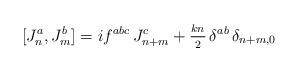
LaTeX: \begin{align*}[J^{a}_{n},J^{b}_{m}]=if^{abc}\,J^{c}_{n+m}+{_{kn}\over^2}\,\delta^{ab}\,\delta_{n+m,0}\end{align*}